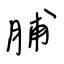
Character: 脯